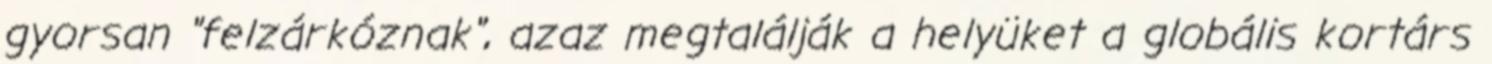
gyorsan "felzárkóznak", azaz megtalálják a helyüket a globális kortárs